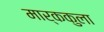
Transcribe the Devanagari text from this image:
मार्ककुला